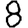
Digit: 8